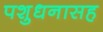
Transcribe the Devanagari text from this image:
पशुधनासह